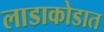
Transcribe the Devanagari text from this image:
लाडाकोडात